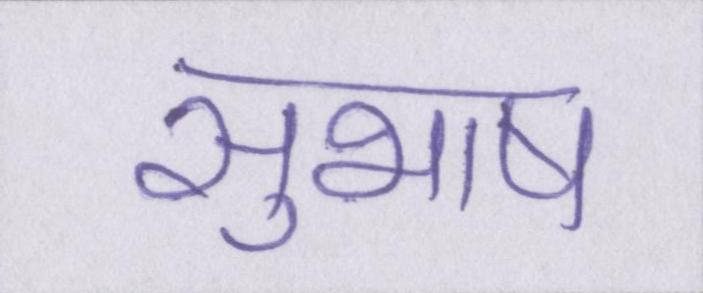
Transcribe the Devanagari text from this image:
सुभाष